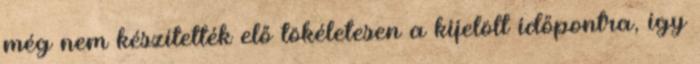
még nem készítették elő tökéletesen a kijelölt időpontra, így